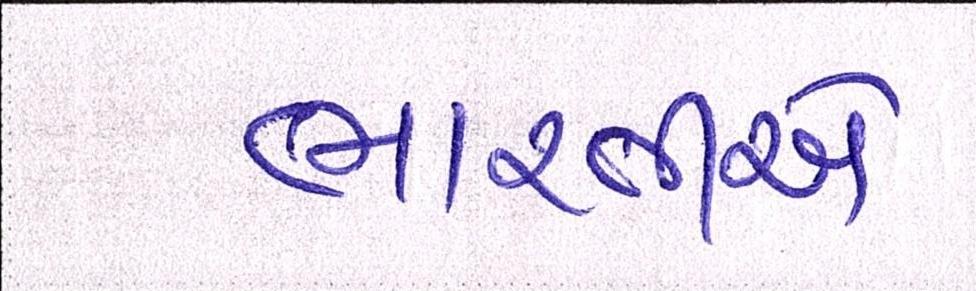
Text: ભારતીએ